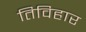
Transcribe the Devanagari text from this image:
तिविहार